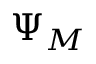
\Psi _ { M }